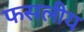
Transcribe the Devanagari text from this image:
फसलीय